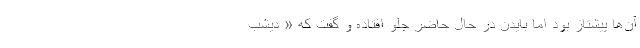
آن‌ها پیشتاز بود اما بایدن در حال حاضر جلو افتاده و گفت که « دیشب